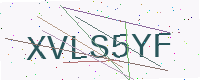
Text: XVLS5YF